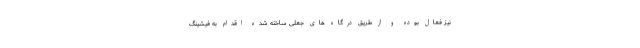
نیز فعال بوده و از طریق درگاه های جعلی ساخته شده اقدام به فیشینگ